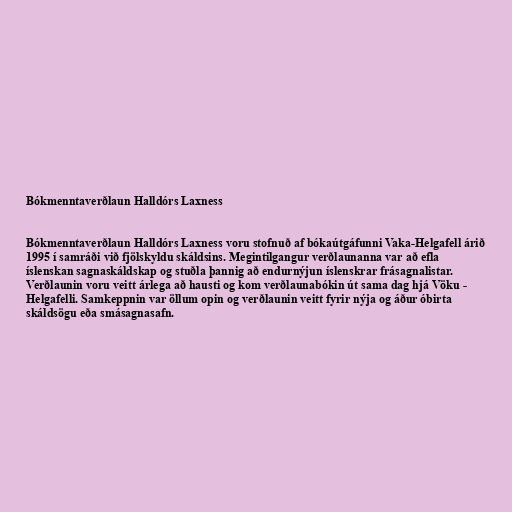
Bókmenntaverðlaun Halldórs Laxness

Bókmenntaverðlaun Halldórs Laxness voru stofnuð af bókaútgáfunni Vaka-Helgafell árið
1995 í samráði við fjölskyldu skáldsins. Megintilgangur verðlaunanna var að efla
íslenskan sagnaskáldskap og stuðla þannig að endurnýjun íslenskrar frásagnalistar.
Verðlaunin voru veitt árlega að hausti og kom verðlaunabókin út sama dag hjá Vöku -
Helgafelli. Samkeppnin var öllum opin og verðlaunin veitt fyrir nýja og áður óbirta
skáldsögu eða smásagnasafn.